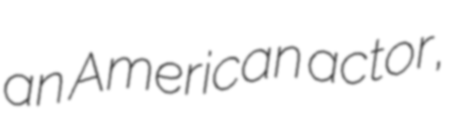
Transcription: an American actor,